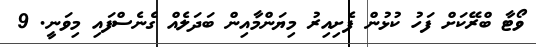
ވޯޓާ ބްރޭކަށް ފަހު ކުޅުން ފެށިއިރު މިޔަންމާއިން ބަދަލެއް ގެނެސްފައި މިވަނީ. 9